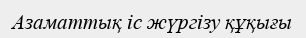
Азаматтық іс жүргізу құқығы